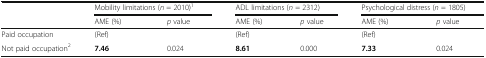
<table><thead><tr><td></td><td colspan="2"><b>Mobility limitations (<i>n</i> = 2010)<sup>1</sup></b></td><td colspan="2"><b>ADL limitations (<i>n</i> = 2312)</b></td><td colspan="2"><b>Psychological distress (<i>n</i> = 1805)</b></td></tr><tr><td></td><td><b>AME (%)</b></td><td><b><i>p</i> value</b></td><td><b>AME (%)</b></td><td><b><i>p</i> value</b></td><td><b>AME (%)</b></td><td><b><i>p</i> value</b></td></tr></thead><tbody><tr><td>Paid occupation</td><td>(Ref)</td><td></td><td>(Ref)</td><td></td><td>(Ref)</td><td></td></tr><tr><td>Not paid occupation<sup>2</sup></td><td><b>7.46</b></td><td>0.024</td><td><b>8.61</b></td><td>0.000</td><td><b>7.33</b></td><td>0.024</td></tr></tbody></table>